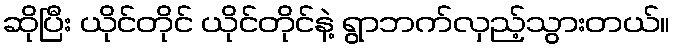
ဆိုပြီး ယိုင်တိုင် ယိုင်တိုင်နဲ့ ရွာဘက်လှည့်သွားတယ်။